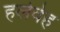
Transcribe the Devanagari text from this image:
हलेवेह